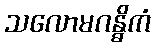
သလောမဂန္ဓိကံ